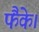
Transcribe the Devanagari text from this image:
फैंके।